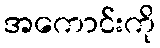
အကောင်းကို